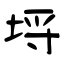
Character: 埒